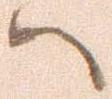
ハ